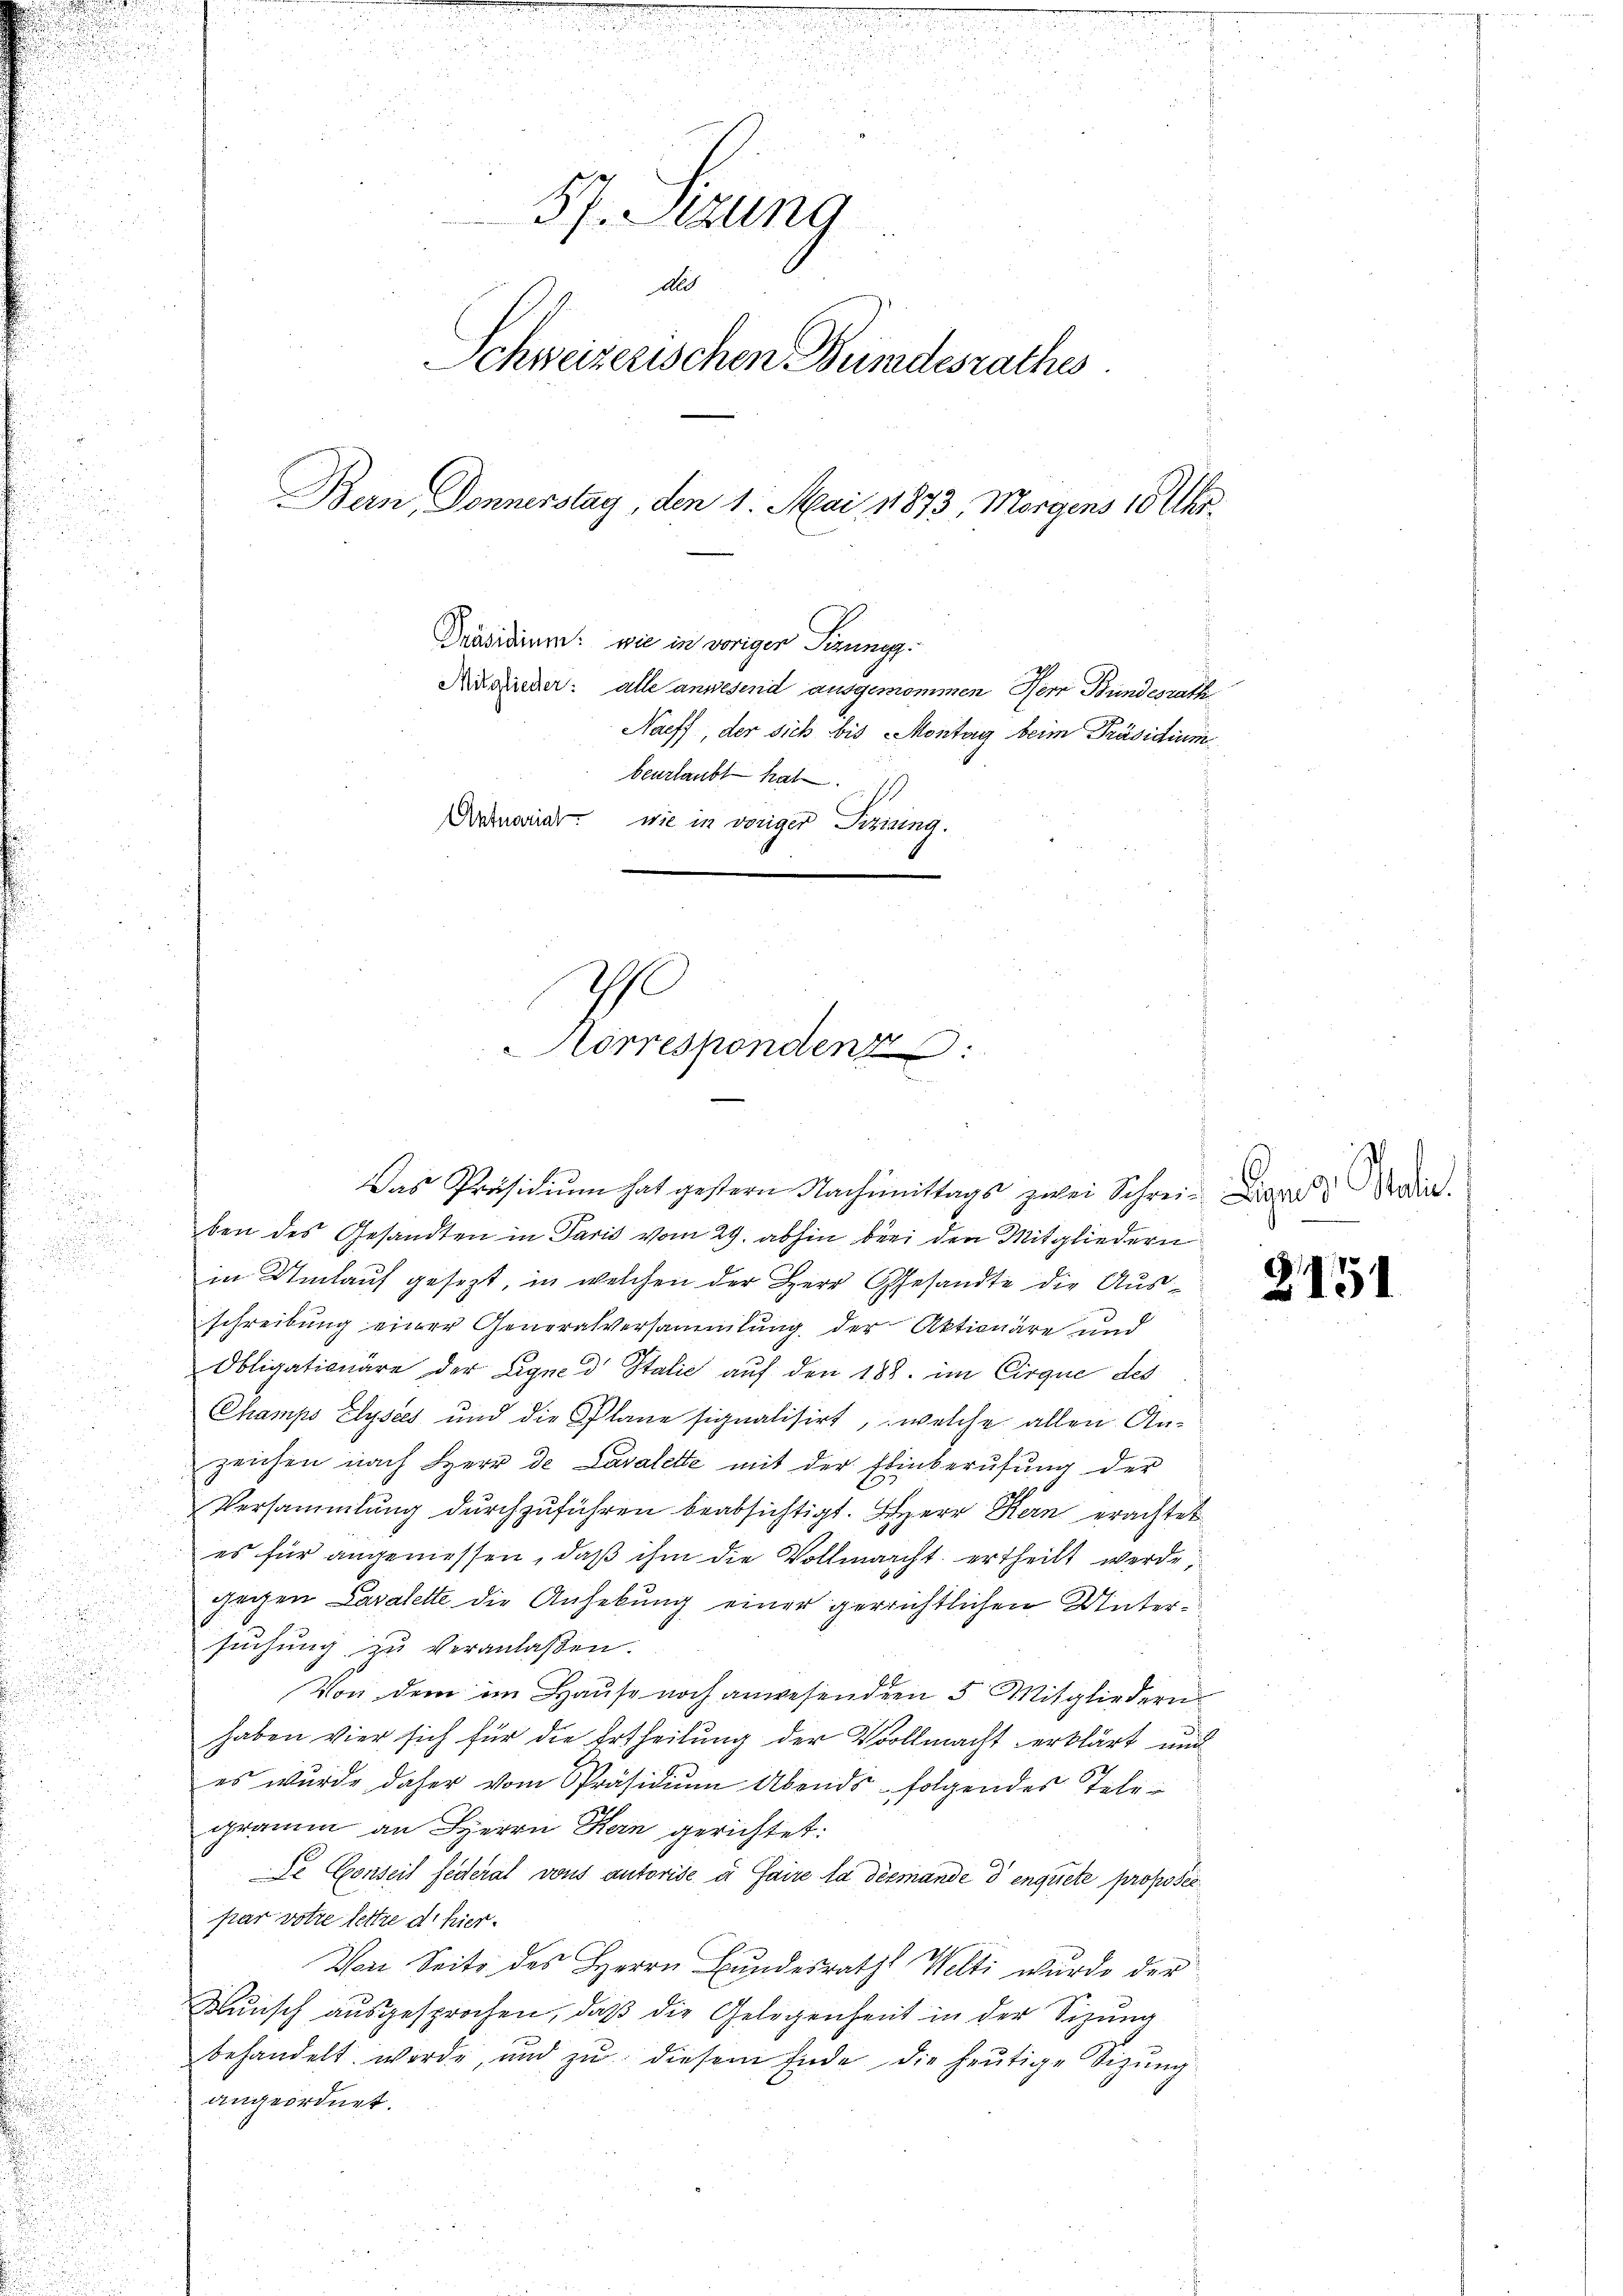
.

da. Er

57. Sizung
Als
Schweizerischen Bundesrathes
Ban Donnerstag, den 1. Mai 1873, Morgens 10 Uhr¬
Präsidium: wie in voriger Sizung.
Anwieder: alle anwesend ausgenommen Herr Bundesrath
Naeff, der sich bis Montag beim Präsidium
beurlaubt hat.11)
anariat. Wie in voriger Sizining.

I
Korrespondenz

Das Präsidium hat gestern Nachmittags zwei Schrei- Dies die
ben des Gesandten in Paris vom 29. abhin bei den Mitgliedern
in Umlauf gesezt, in welchen der Herr Gesandte die Ausschreibung einer Generalversammlung der Aktionäre und
Obligationäre der Eigne d Italić auf den 188. im Cirque des
Champs Clysees und die Plane signalisirt, welche allen An-
zeichen nach Herr de Lavalette mit der Einberufung der
Versammlung durchzuführen beabsichtigt. Herr Kern erachtet
es für angemessen, daß ihm die Vollmacht ertheilt werde,
gegen Cavalette die Anhebung einer gerrichtlichen Untersuchung zu veranlaßen.
Von dem im Hause noch anwesenden 5 Mitgliedern
haben vier sich für die Ertheilung der Vollmacht erklärt und
es wurde daher vom Präsidium Abends folgendes Telegramm an Herrn Kan gerichtet:
De Conseil federal vons autorise à faire la diemande d enquete proposicpar votre lettre d. hier¬
Von Seite des Herrn Bundesrath Welti wurde der
Mŭnsch aŭsgesprochen, daβ die Gelegenheit in der Sizung
behandelt werde, und zŭ diesem Ende die heŭtige Sizŭng
angeordnet.

2151